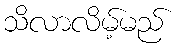
သိလာလိမ့်မည်